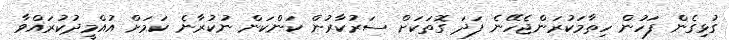
ގުޅިގެން ފަހުން ހިތާމަކުރަންޖެހޭނެ ފަދަ ގޮތަކަށް ސަރުކާރުން ކަންކަން ނުކުރާނެ ކަމަށް އުއްމީދުކުރައްވާ